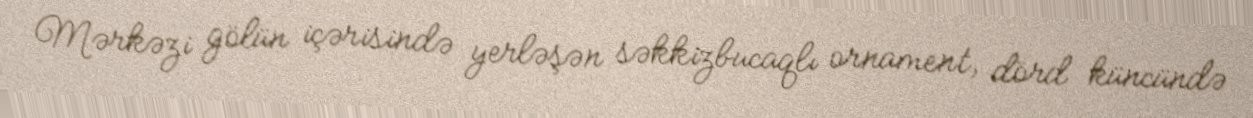
Mərkəzi gölün içərisində yerləşən səkkizbucaqlı ornament, dörd küncündə